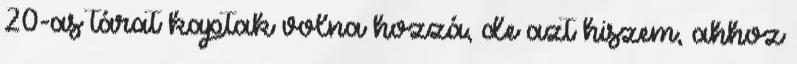
20-as tárat kaptak volna hozzá, de azt hiszem, ahhoz